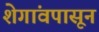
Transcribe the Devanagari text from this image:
शेगांवपासून